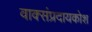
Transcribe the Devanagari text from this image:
वाक्संप्रदायकोश